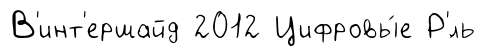
В'инт'ершайд 2012 Цифровы́е Р'́ль